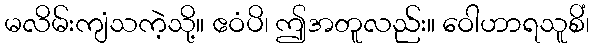
မလိမ်းကျံသကဲ့သို့။ ဧဝံပိ၊ ဤအတူလည်း။ ဝေါဟာရသူစိံ၊